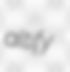
altify